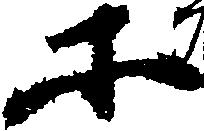
所